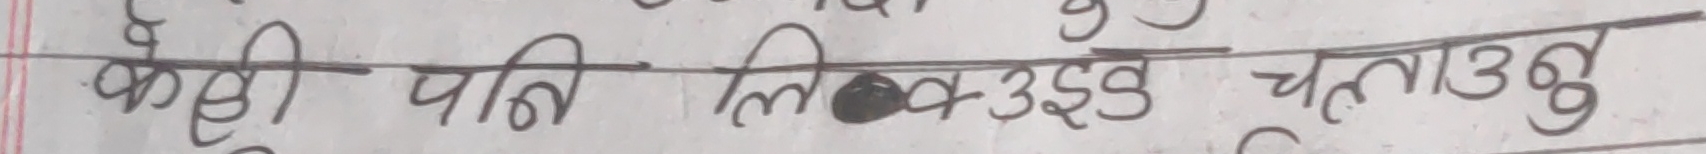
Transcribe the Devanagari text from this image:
केही पनि लिएर उठ्नु चताउनु